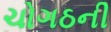
ચોગઠની